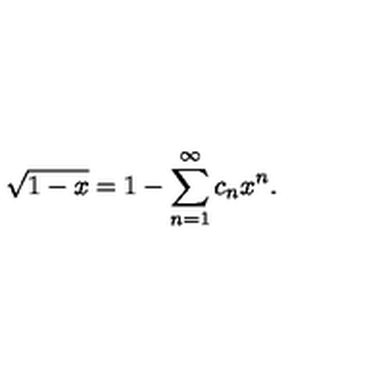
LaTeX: \sqrt { 1 - x } = 1 - \sum _ { n = 1 } ^ { \infty } c _ { n } x ^ { n } .